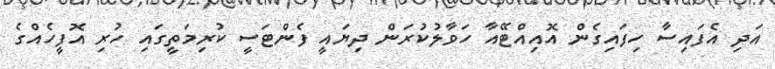
އަދި އެފައިސާ ހިފައިގެން އޮއިއްޓޭއާ ހަވާލުކުރަން ދިޔައީ ފެންޓަސީ ކުރިމަތީގައި ހުރި އޮފީހެއްގެ